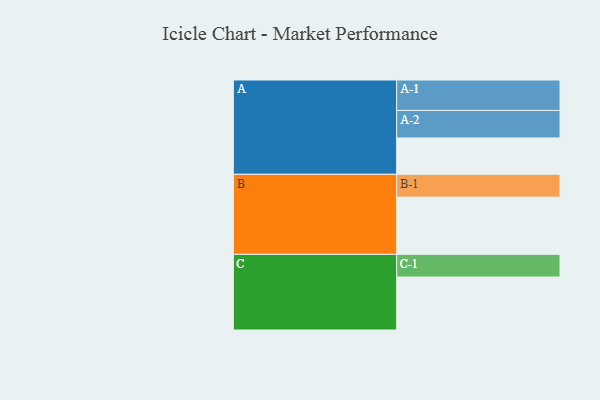
{"axis": {"x": "Segment", "y": "Value"}, "legend": ["", "A", "B", "C"], "data": [{"x": "A", "y": 321, "type": ""}, {"x": "B", "y": 505, "type": ""}, {"x": "C", "y": 468, "type": ""}, {"x": "A-1", "y": 269, "type": "A"}, {"x": "A-2", "y": 243, "type": "A"}, {"x": "B-1", "y": 202, "type": "B"}, {"x": "C-1", "y": 200, "type": "C"}]}